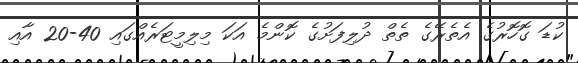
ކުޑަ ގޮހޮރުގެ އެތެރޭގެ ތެތް ދުލިފަށުގެ ކޮންމެ އަކަ މިލިމީޓަރެއްގައި 40-20 އާއި